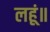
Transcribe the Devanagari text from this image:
लहूं॥